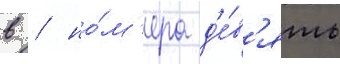
в / но́м'ера д'е́в'ять